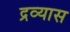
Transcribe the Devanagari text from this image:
द्रव्यास